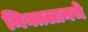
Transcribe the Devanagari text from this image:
मिक्तलानचे